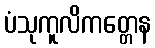
ပံသုကူလိကတ္တေန